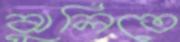
ঝুলিতে